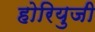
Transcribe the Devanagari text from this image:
होरियुजी